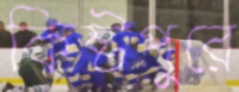
কিষ্টপুরে